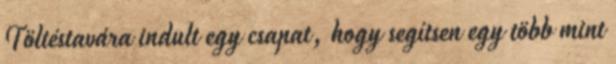
Töltéstavára indult egy csapat, hogy segítsen egy több mint